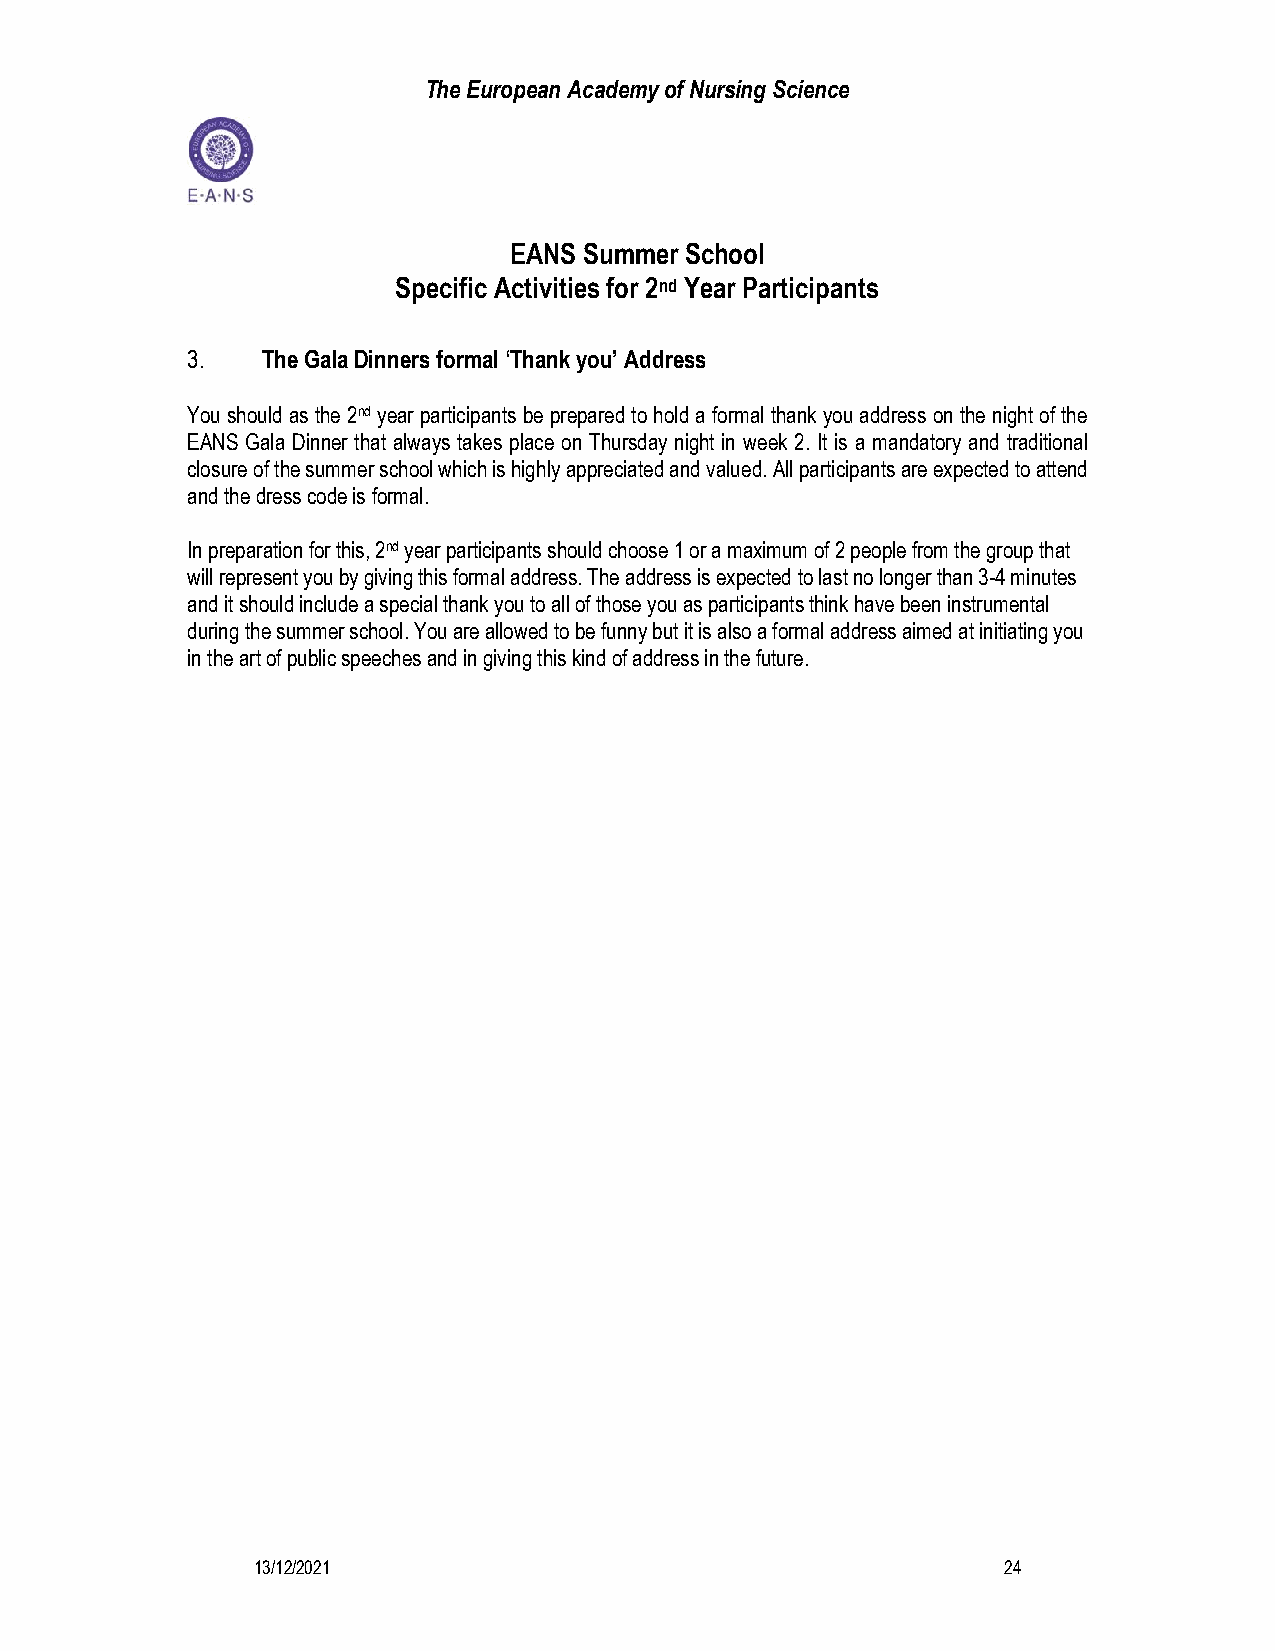
The European Academy of Nursing Science
 EANS Summer School
 Specific Activities for 2nd Year Participants
 3.   The Gala Dinners formal ‘Thank you’ Address
 You should as the 2nd year participants be prepared to hold a formal thank you address on the night of the
 EANS Gala Dinner that always takes place on Thursday night in week 2. It is a mandatory and traditional
 closure of the summer school which is highly appreciated and valued. All participants are expected to attend
 and the dress code is formal.
 In preparation for this, 2nd year participants should choose 1 or a maximum of 2 people from the group that
 will represent you by giving this formal address. The address is expected to last no longer than 3-4 minutes
 and it should include a special thank you to all of those you as participants think have been instrumental
 during the summer school. You are allowed to be funny but it is also a formal address aimed at initiating you
 in the art of public speeches and in giving this kind of address in the future.
 13/12/2021                                       24